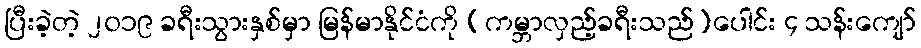
ပြီးခဲ့တဲ့ ၂၀၁၉ ခရီးသွားနှစ်မှာ မြန်မာနိုင်ငံကို (ကမ္ဘာလှည့်ခရီးသည်)ပေါင်း ၄ သန်းကျော်